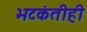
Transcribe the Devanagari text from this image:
भटकंतीही